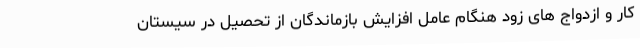
کار و ازدواج های زود هنگام عامل افزایش بازماندگان از تحصیل در سیستان